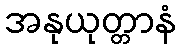
အနုယုတ္တာနံ